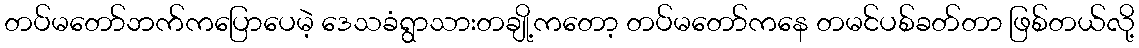
တပ်မတော်ဘက်ကပြောပေမဲ့ ဒေသခံရွာသားတချို့ကတော့ တပ်မတော်ကနေ တမင်ပစ်ခတ်တာ ဖြစ်တယ်လို့